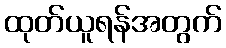
ထုတ်ယူရန်အတွက်